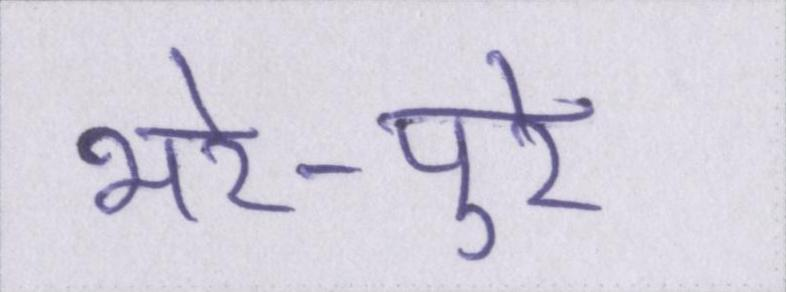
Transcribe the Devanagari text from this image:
भरे-पुरे